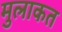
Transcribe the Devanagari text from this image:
मुलाकत